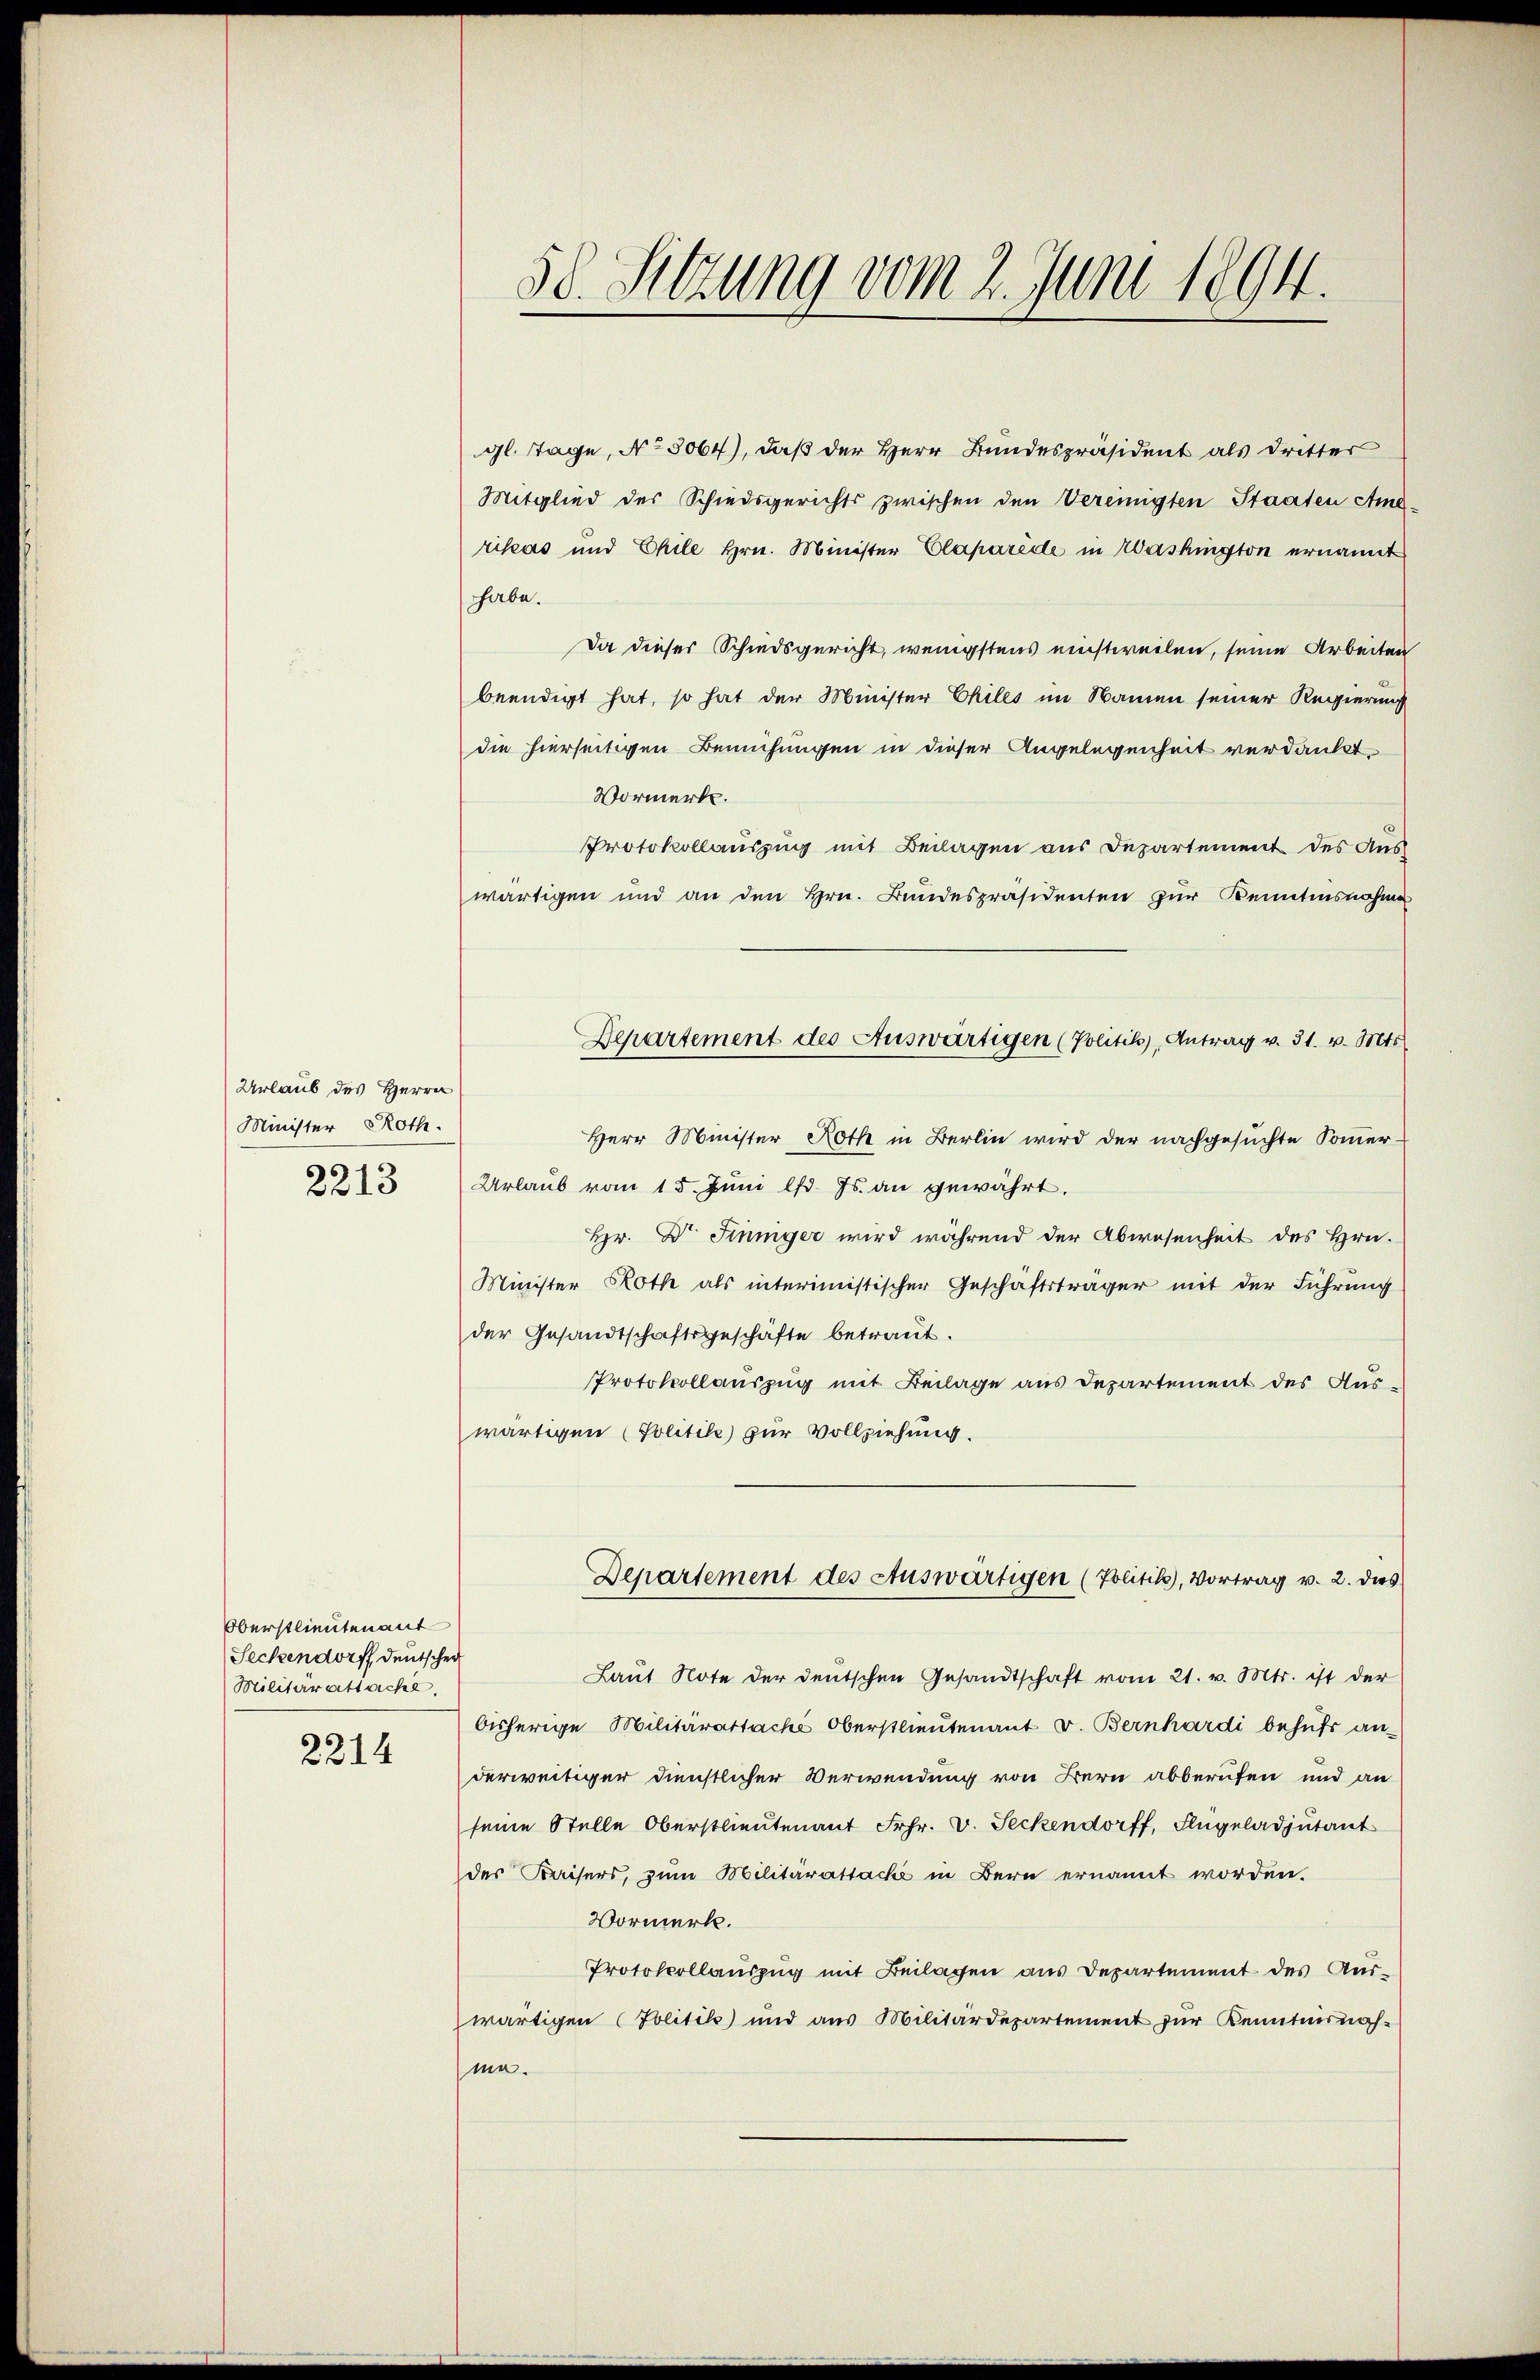
Urlaub des Herrn
Minister Roth
2213

gl. Tage, No 5064), daß der Herr Bundespräsident als dritter
Mitglied des Schiedsgerichts zwischen den Vereinigten Staaten Amerikas und Chile Hrn. Minister Claparede in Washington ernannt
habe.
Da dieser Schiedsgericht, wenigstens einstweilen, seine Arbeiten
beendigt hat, so hat der Minister Chiles im Namen seiner Regierung
die hierseitigen Bemühungen in dieser Angelegenheit verdankt,
Vormerkt.
Protokollauszug mit Beilagen aus Departement des Aus
wärtigen und an den Hrn. Bundespräsidenten zur Kenntensnahme
Herr Minister Roth in Berlin wird der nachgesuchte Sommer¬
Urlaub vom 15. Juni l. Js. an gewährt.
Hr. Dr Finniger wird während der Abwesenheit des Hrn.
Minister Roth als interimistischer Geschäftsträger mit der Führung
der Gesandtschaftsgeschäfte betraŭt.
Protokollauszug mit Beilage aus Departement des Aus-
wärtigen (Politikle) zur Vollziehung.
Departement des Auswärtigen (Zolitik, Vortrag v. 2. dies
Laŭt Note der deutschen Gesandtschaft vom 21. v. Mts. ist der
bisherige Militärattache Oberstlieutenant v. Bernhardi behufs an-
derweitiger dienstlicher Verwendung von Bern abberufen und an
seine Stelle Oberstlieutenant Frhr. V. Seckendorff, Flugeladjutant
des Kaisers, zum Militärattacke in Bern ernannt worden.
Vormerk.
Protokollauszug mit Beilagen aus Departement des Auswärtigen (Politik und aus Militärdepartement zur Kenntnisnahme.

Oberstlieutenant
Seckendorff deutscher
Militärattache,

2214

58. Sitzung vom 2. Juni 1894.

Departement des Auswärtigen (Politik), Antrag v. 31. v. Mts.